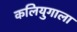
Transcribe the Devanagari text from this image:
कलियुगाला